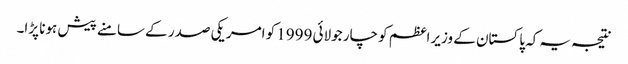
نتیجہ یہ کہ پاکستان کے وزیراعظم کو چار جولائی 1999 کو امریکی صدر کے سامنے پیش ہونا پڑا۔